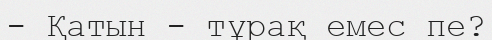
- Қатын - тұрақ емес пе?